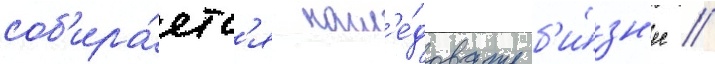
соб'ира́етс'я насл'е́довать б'и́зн'ес //